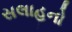
સલાહનો